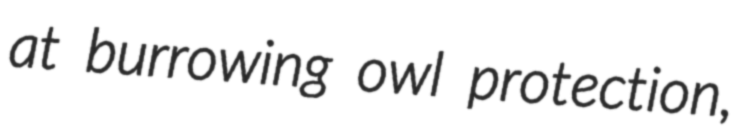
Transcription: at burrowing owl protection,